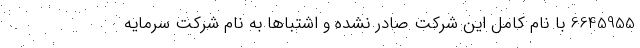
6645955 با نام کامل این شرکت صادر نشده و اشتباها به نام شرکت سرمایه